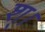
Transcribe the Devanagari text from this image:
श्।